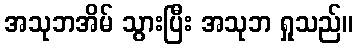
အသုဘအိမ် သွားပြီး အသုဘ ရှုသည်။